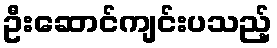
ဦးဆောင်ကျင်းပသည့်